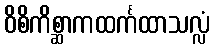
ဝိစိကိစ္ဆာကထင်္ကထာသလ္လံ